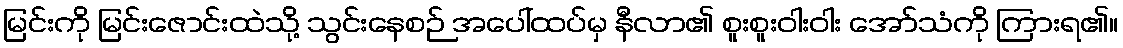
မြင်းကို မြင်းဇောင်းထဲသို့ သွင်းနေစဉ် အပေါ်ထပ်မှ နီလာ၏ စူးစူးဝါးဝါး အော်သံကို ကြားရ၏။